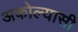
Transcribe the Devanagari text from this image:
अकोल्यासी